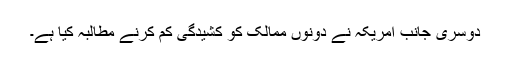
دوسری جانب امریکہ نے دونوں ممالک کو کشیدگی کم کرنے مطالبہ کیا ہے۔